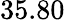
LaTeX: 35.80